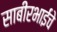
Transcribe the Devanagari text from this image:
साबीरभाईंचे